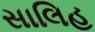
સાલિહ